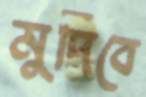
মুদিবে